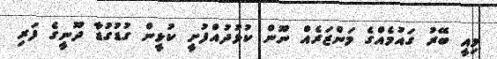
މިއީ ބޭރު ގައުމެއްގެ މަންޒަރެއް ނޫން ކުޅުދުއްފުށީ ކުޅީން ގުޑުގުޑާ ދޫނީގެ ފަރި